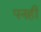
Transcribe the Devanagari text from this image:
पनही